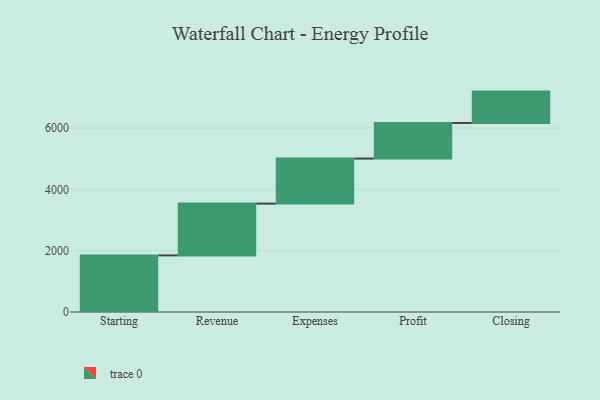
{"axis": {"x": "Step", "y": "Value"}, "legend": [""], "data": [{"x": "Starting", "y": 1846.0, "type": ""}, {"x": "Revenue", "y": 1688.0, "type": ""}, {"x": "Expenses", "y": 1469.0, "type": ""}, {"x": "Profit", "y": 1161.0, "type": ""}, {"x": "Closing", "y": 1023.0, "type": ""}]}